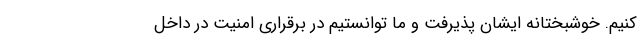
کنیم. خوشبختانه ایشان پذیرفت و ما توانستیم در برقراری امنیت در داخل